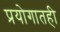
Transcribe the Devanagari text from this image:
प्रयोगातही